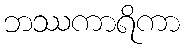
ဘဿကာရိကာ